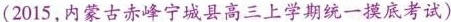
(2015,内蒙古赤峰宁城县高三上学期统一摸底考试)